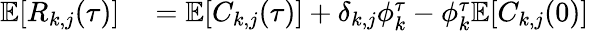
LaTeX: \begin{array}{rl}{\mathbb{E}[R_{k,j}(\tau)]}&{{}=\mathbb{E}[C_{k,j}(\tau)]+\delta_{k,j}\phi_{k}^{\tau}-\phi_{k}^{\tau}\mathbb{E}[C_{k,j}(0)]}\end{array}